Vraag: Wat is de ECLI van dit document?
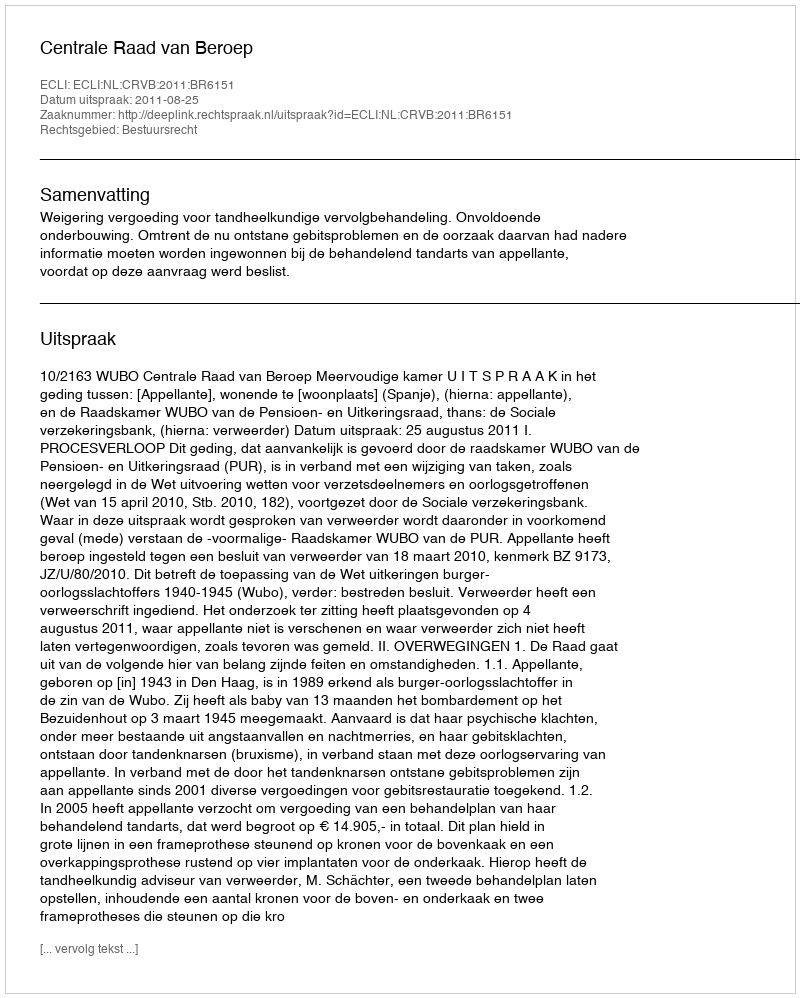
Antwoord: ECLI:NL:CRVB:2011:BR6151